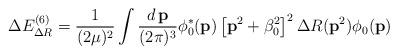
LaTeX: \begin{align*}\Delta E^{(6)}_{\Delta R}=\frac 1{(2\mu )^2}\int\frac {d\,{\bf p}}{(2\pi )^3}\phi^{*}_0({\bf p})\left[{\bf p}^2+\beta_0^2\right]^2\Delta R({\bf p}^2)\phi_0({\bf p})\end{align*}